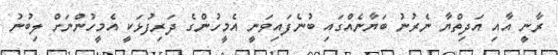
ރާނީ އާއި އަދިތްޔާ ނެރުނު ބަޔާނެއްގައި ބުނެފައިވަނީ އެމީހުންގެ ދަރިފުޅަކީ އެމީހުންނަށް ލިބުނު